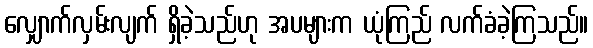
လျှောက်လှမ်းလျက် ရှိခဲ့သည်ဟု အပများက ယုံကြည် လက်ခံခဲ့ကြသည်။